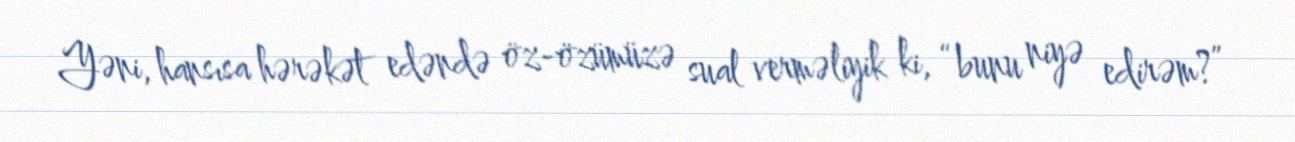
Yəni, hansısa hərəkət edəndə öz-özümüzə sual verməliyik ki, “bunu niyə edirəm?”